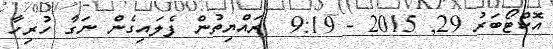
އޮކްޓޯބަރު 29